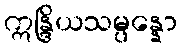
ဣန္ဒြိယသမ္ပန္နော